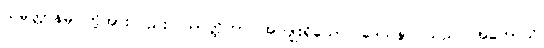
သမ္ပတ္တာနမ္ပိ၊ တို့အားလည်း။ သာတ္ထိကာ၊ အကျိုးရှိသော။ ဒေသနာ၊ သည်။ အဟောသိ၊